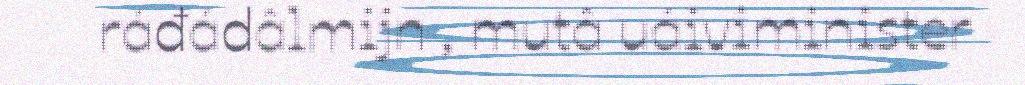
ráđádâlmijn , mutâ uáiviminister